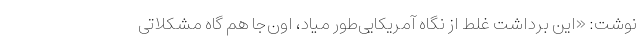
نوشت: «این برداشت غلط از نگاه آمریکایی‌طور میاد، اون‌جا هم گاه مشکلاتی